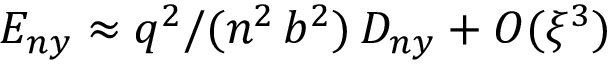
E _ { n y } \approx q ^ { 2 } / ( n ^ { 2 } \, b ^ { 2 } ) \, D _ { n y } + O ( \xi ^ { 3 } )